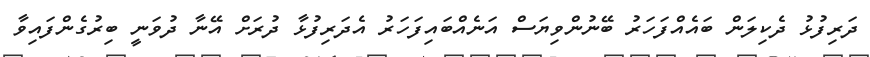
ދަރިފުޅު ދެކިލަން ބައެއްފަހަރު ބޭނުންވިޔަސް އަނެއްބައިފަހަރު އެދަރިފުޅާ ދުރަށް އޭނާ ދުވަނީ ބިރުގެންފައިވާ